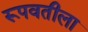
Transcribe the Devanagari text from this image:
रूपवतीला